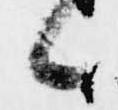
候